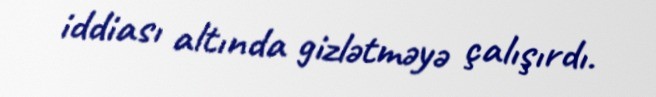
iddiası altında gizlətməyə çalışırdı.